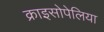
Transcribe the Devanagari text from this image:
क्राइसोपेलिया